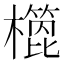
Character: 𣝳